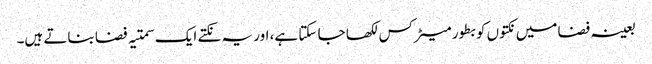
بعینہ فضا میں نکتوں کو بطور میٹرکس لکھا جا سکتا ہے، اور یہ نکتے ایک سمتیہ فضا بناتے ہیں۔